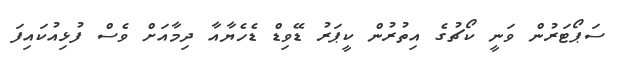
ސަޕޯޓަރުން ވަނީ ކޯޗުގެ އިތުރުން ކީޕަރު ޑޭވިޑް ޑެހެޔާއާ ދިމާއަށް ވެސް ފުޅިއުކައިފަ